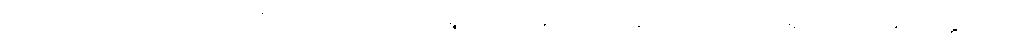
ထိုကြည်ညိုအပ်သော ပုဂ္ဂိုလ်သည်။ ယထာရူပါယ၊ အကြင်သို့သော သဘောရှိသော။ အာပတ္တိယာ၊